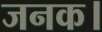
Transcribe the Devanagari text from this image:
जनक।